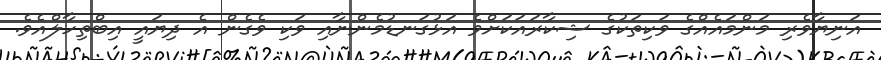
އަނިޔާވެރި މަންމައެއްގެ ވަކިތަކުގެ ޝިކާރައަކަށްވެ އަޅުގަނޑުމެންނާއި ވަކި ވެގެން އެ ދިޔައީ އިބްތިހާލްއެވެ.